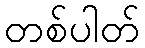
တစ်ပါတ်